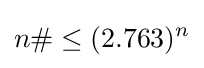
n\#\leq (2.763)^{n}